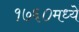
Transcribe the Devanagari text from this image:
१७६०मध्ये